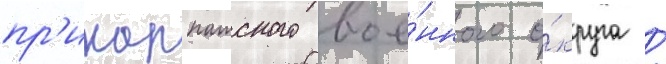
пр'икарпатского вое́нного о́круга /